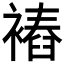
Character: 𧜧